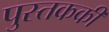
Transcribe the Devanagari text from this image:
पुस्तककी